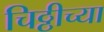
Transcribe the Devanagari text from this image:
चिठ्ठीच्या